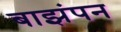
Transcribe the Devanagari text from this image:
बाझंपन